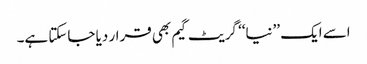
اسے ایک ’’نیا‘‘ گریٹ گیم بھی قرار دیا جاسکتا ہے۔